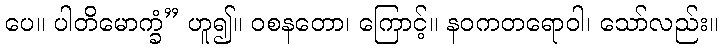
ပေ။ ပါတိမောက္ခံ” ဟူ၍။ ဝစနတော၊ ကြောင့်။ နဝကတရောဝါ၊ သော်လည်း။